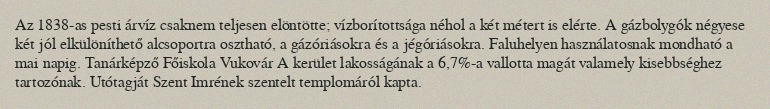
Az 1838-as pesti árvíz csaknem teljesen elöntötte; vízborítottsága néhol a két métert is elérte. A gázbolygók négyese két jól elkülöníthető alcsoportra osztható, a gázóriásokra és a jégóriásokra. Faluhelyen használatosnak mondható a mai napig. Tanárképző Főiskola Vukovár A kerület lakosságának a 6,7%-a vallotta magát valamely kisebbséghez tartozónak. Utótagját Szent Imrének szentelt templomáról kapta.